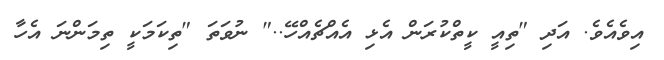
އިވެއެވެ. އަދި "ތިއީ ކީތްކުރަން އެޅި އެއްޗެއްހޭ.." ނުވަތަ "ތިކަމަކީ ތިމަންނަ އެހާ